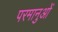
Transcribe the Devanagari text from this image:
परमानुओं